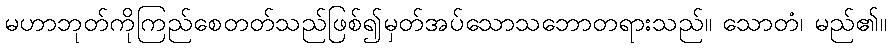
မဟာဘုတ်ကိုကြည်စေတတ်သည်ဖြစ်၍မှတ်အပ်သောသဘောတရားသည်။ သောတံ၊ မည်၏။